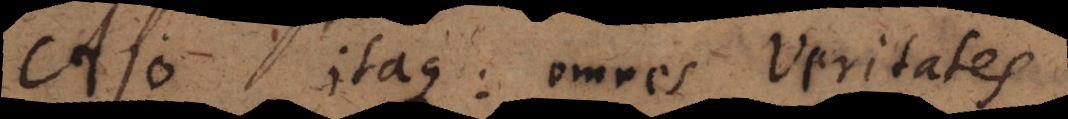
Ajo itaque: omnes veritates